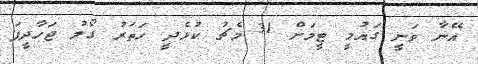
އޭނާ ވަނީ ގައުމީ ޓީމަށް 31 މެޗު ކުޅެދީ ހަތަރު ގޯލު ޖަހާދީފަ